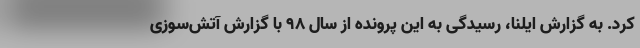
کرد. به گزارش ایلنا، رسیدگی به این پرونده از سال ۹۸ با گزارش آتش‌سوزی